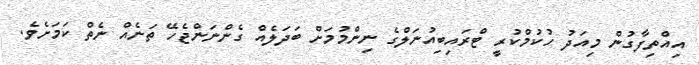
އިއްތިފާގުން މިއަދު ހުކުމްކުރީ ޓްރައިބިއުނަލްގެ ނިންމުމަށް ބަދަލެއް ގެންނަންޖެހޭ ތަނެއް ނެތް ކަމަށެވެ.